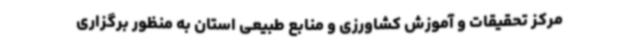
مرکز تحقیقات و آموزش کشاورزی و منابع طبیعی استان به منظور برگزاری